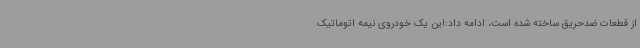
از قطعات ضدحریق ساخته شده است، ادامه داد:این یک خودروی نیمه اتوماتیک